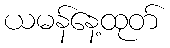
ယမန်နေ့ထုတ်